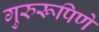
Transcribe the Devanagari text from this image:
गुरुरूपिणे